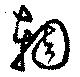
輖